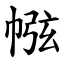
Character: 㡉